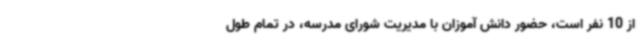
از 10 نفر است، حضور دانش آموزان با مدیریت شورای مدرسه، در تمام طول